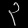
Digit: ၃